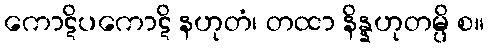
ကောဋိပကောဋိ နဟုတံ၊ တထာ နိန္နဟုတမ္ပိ စ။